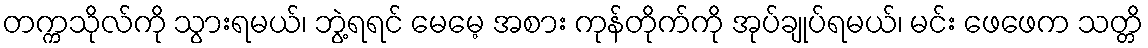
တက္ကသိုလ်ကို သွားရမယ်၊ ဘွဲ့ရရင် မေမေ့ အစား ကုန်တိုက်ကို အုပ်ချုပ်ရမယ်၊ မင်း ဖေဖေက သတ္တိ